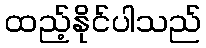
ထည့်နိုင်ပါသည်